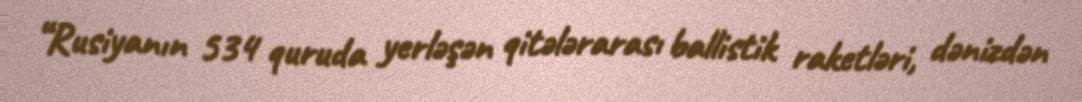
“Rusiyanın 534 quruda yerləşən qitələrarası ballistik raketləri, dənizdən